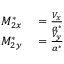
\begin{array} { r l } { M _ { 2 x } ^ { * } } & { { } = { \frac { V _ { x } } { a ^ { * } } } } \\ { M _ { 2 y } ^ { * } } & { { } = { \frac { V _ { y } } { a ^ { * } } } } \end{array}